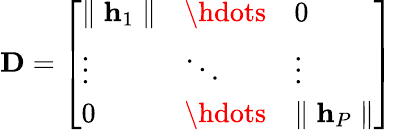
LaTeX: \mathbf{D}=\left[\begin{array}{lll}{\parallel\mathbf{h}_{1}\parallel}&{\hdots}&{0}\\ {\vdots}&{\ddots}&{\vdots}\\ {0}&{\hdots}&{\parallel\mathbf{h}_{P}\parallel}\end{array}\right]